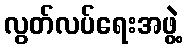
လွတ်လပ်ရေးအဖွဲ့